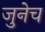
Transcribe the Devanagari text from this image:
जुनेच